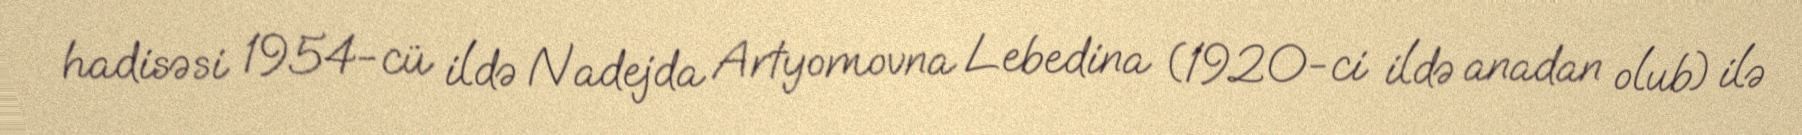
hadisəsi 1954-cü ildə Nadejda Artyomovna Lebedina (1920-ci ildə anadan olub) ilə